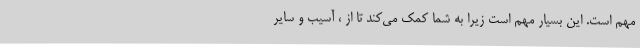
مهم است. این بسیار مهم است زیرا به شما کمک می‌کند تا از ، آسیب و سایر